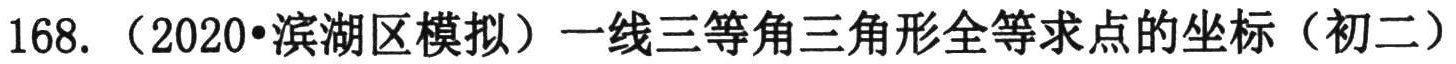
[解法二] 设$\begin{cases}\sqrt{x}=u,\\\sqrt{x + 7}=v\end{cases}$则原方程化为方程组

$\begin{cases}u + v + 2uv=35 - 2u^{2},(u\geqslant0,v\geqslant0).\\v^{2}=u^{2}+7,\end{cases}$